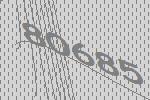
80685